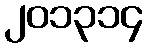
၂၀၁၃၁၄